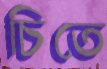
চিতে